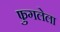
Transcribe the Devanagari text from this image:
फुगलेला